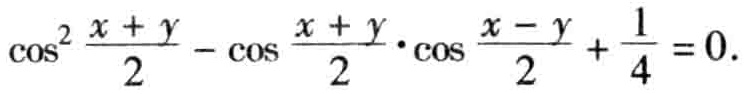
\(\cos^{2}\frac{x + y}{2}-\cos\frac{x + y}{2}\cdot\cos\frac{x - y}{2}+\frac{1}{4}=0\)